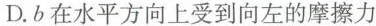
D.b在水平方向上受到向左的摩擦力